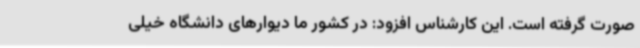
صورت گرفته است. این کارشناس افزود: در کشور ما دیوارهای دانشگاه خیلی